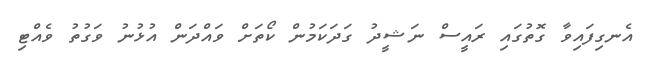
އެނގިފައިވާ ގޮތުގައި ރައީސް ނަޝީދު ގަދަކަމުން ކޯތަށް ވައްދަން އުޅުނު ވަގުތު ވެއްޓި